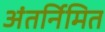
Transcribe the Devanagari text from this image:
अंतर्निमित